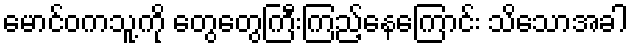
မောင်ဝကသူ့ကို တွေတွေကြီးကြည့်နေကြောင်း သိသောအခါ